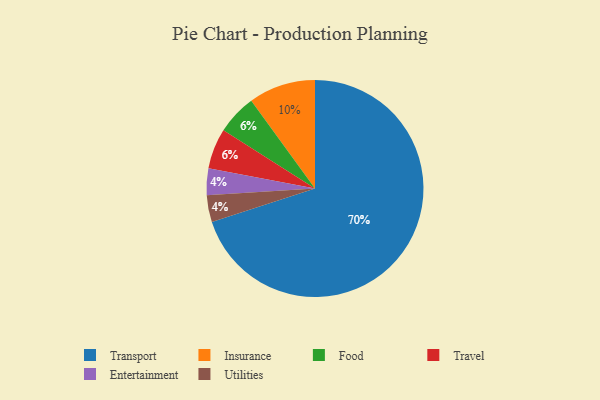
{"axis": {"x": "Category", "y": "Percentage"}, "legend": ["Entertainment", "Food", "Insurance", "Transport", "Travel", "Utilities"], "data": [{"x": "Food", "y": 6, "type": "Food"}, {"x": "Transport", "y": 70, "type": "Transport"}, {"x": "Travel", "y": 6, "type": "Travel"}, {"x": "Entertainment", "y": 4, "type": "Entertainment"}, {"x": "Insurance", "y": 10, "type": "Insurance"}, {"x": "Utilities", "y": 4, "type": "Utilities"}]}